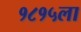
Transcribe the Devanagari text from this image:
१८१५ला